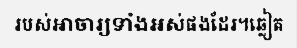
របស់អាចារ្យទាំងអស់ផងដែរ។ឆ្លៀត